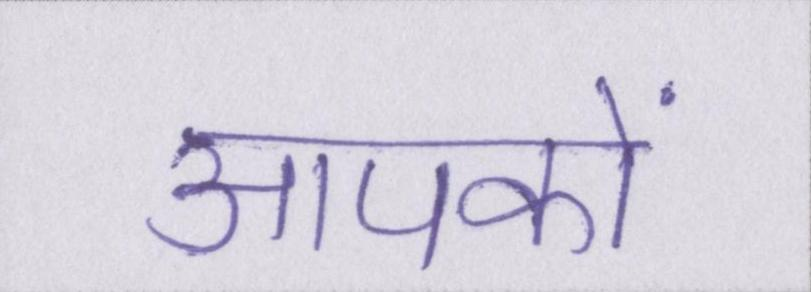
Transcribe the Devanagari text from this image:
आपकों